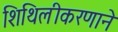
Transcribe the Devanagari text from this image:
शिथिलीकरणाने